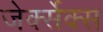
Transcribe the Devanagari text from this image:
जेर्क्सेक्स